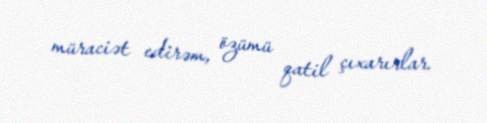
müraciət edirəm, özümü qatil çıxarırlar.